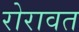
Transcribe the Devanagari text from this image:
रोरावत